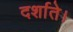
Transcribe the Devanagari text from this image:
दर्शाते।